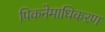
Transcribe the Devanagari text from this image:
पिकनेमाधिकरण